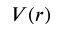
V ( r )